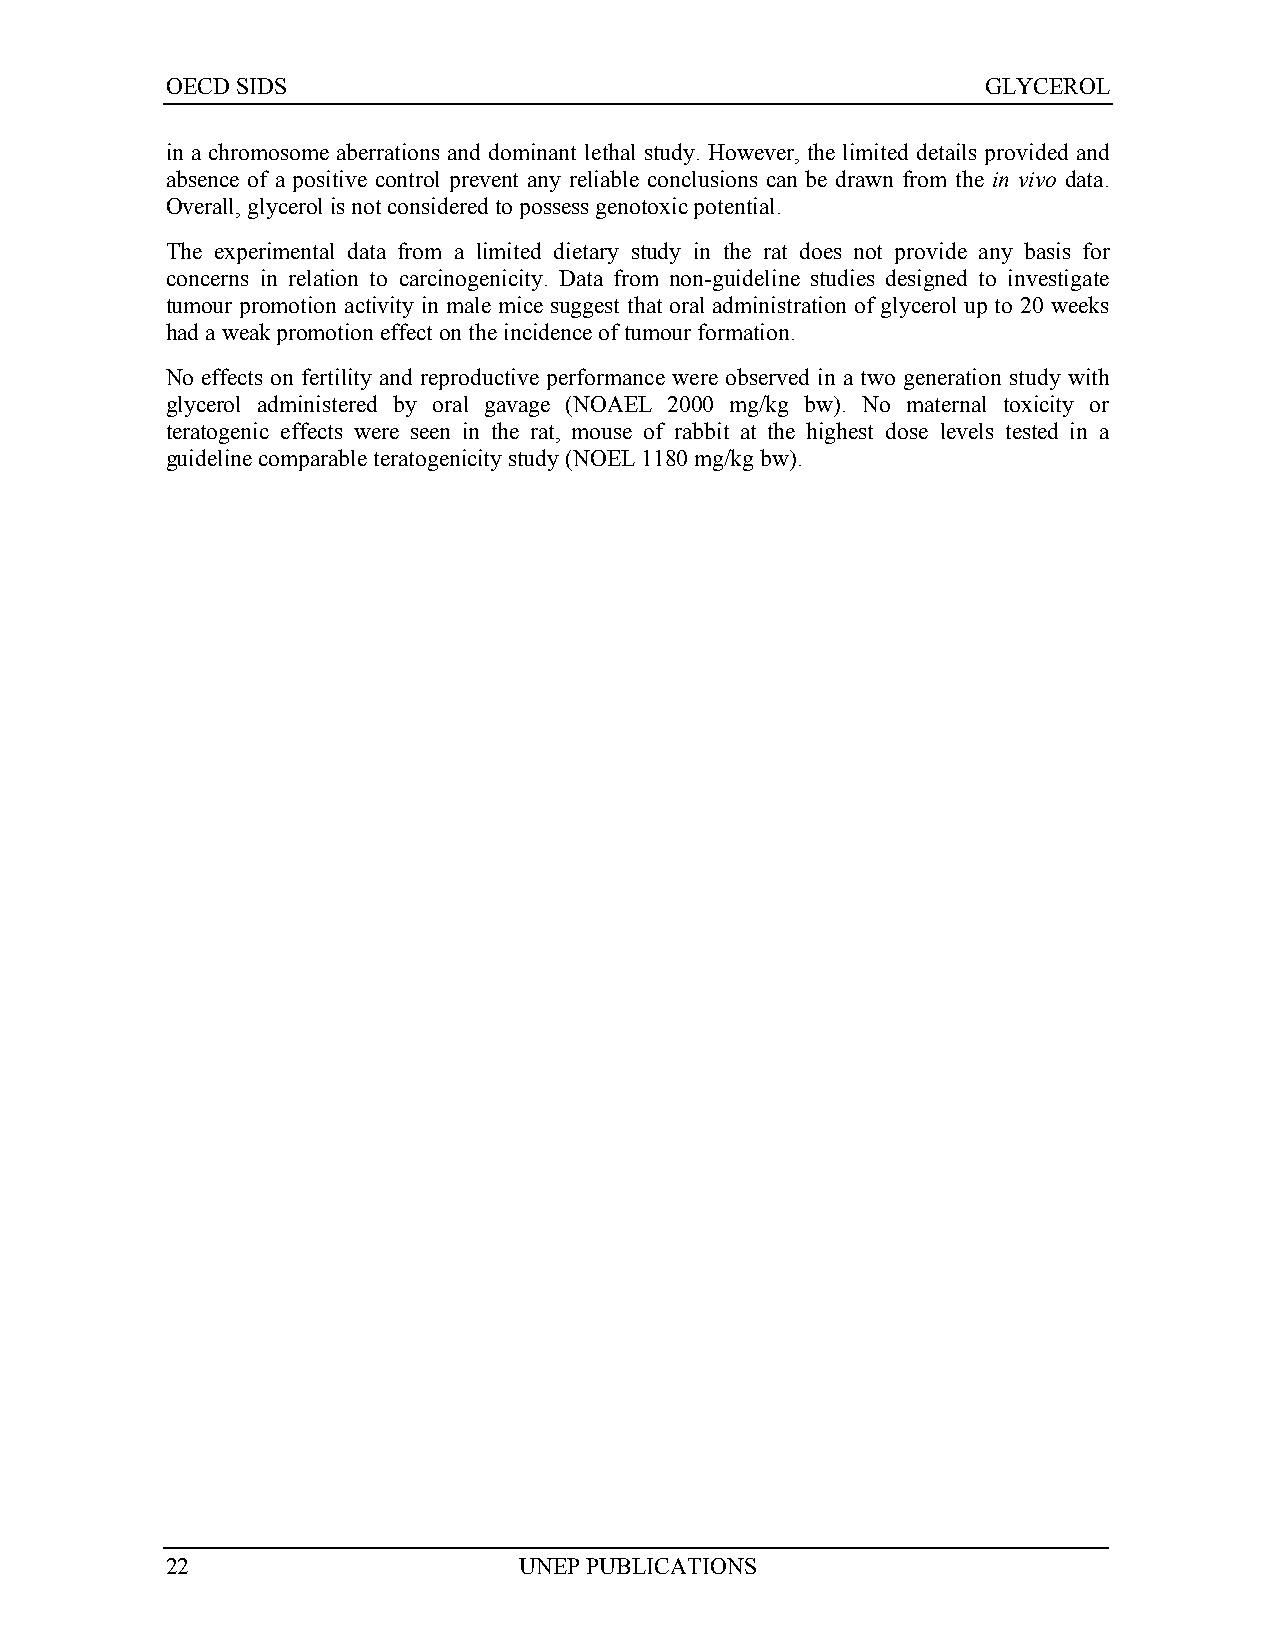
OECD SIDS                                             GLYCEROL
 in a chromosome aberrations and dominant lethal study. However, the limited details provided and
 absence of a positive control prevent any reliable conclusions can be drawn from the in vivo data.
 Overall, glycerol is not considered to possess genotoxic potential.
 The experimental data from a limited dietary study in the rat does not provide any basis for
 concerns in relation to carcinogenicity. Data from non-guideline studies designed to investigate
 tumour promotion activity in male mice suggest that oral administration of glycerol up to 20 weeks
 had a weak promotion effect on the incidence of tumour formation.
 No effects on fertility and reproductive performance were observed in a two generation study with
 glycerol administered by oral gavage (NOAEL 2000 mg/kg bw). No maternal toxicity or
 teratogenic effects were seen in the rat, mouse of rabbit at the highest dose levels tested in a
 guideline comparable teratogenicity study (NOEL 1180 mg/kg bw).
 22                     UNEP PUBLICATIONS